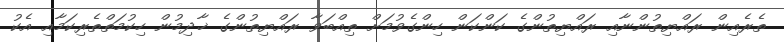
ތެރެއިން ރައްޔިތުންނާއި ރައްޔިތުންގެ ކަންކަން ހިންގެވުމަށް ތިއްބަވާ ރައްޔިތުންގެ ޚާދިމުން ހިކުމަތްތެރިކަމާއި އެކު